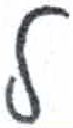
אות: ל